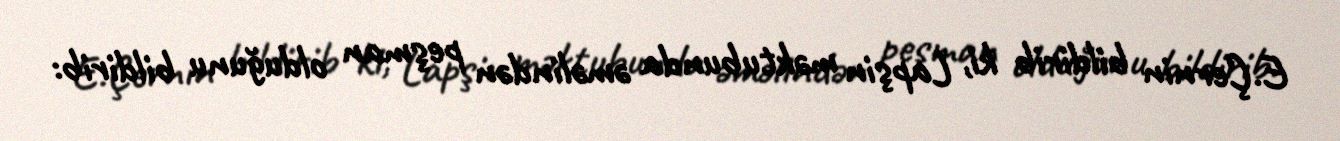
E.Çernin bildirib ki, Lapşin məktubunda əməlindən peşman olduğunu bildirib: